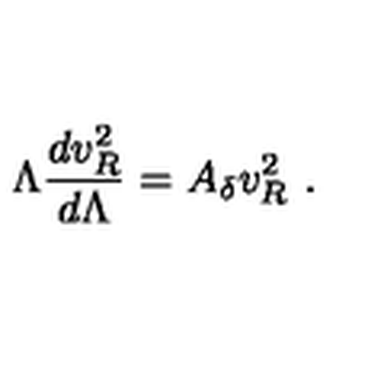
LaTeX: \Lambda \frac { d v _ { R } ^ { 2 } } { d \Lambda } = A _ { \delta } v _ { R } ^ { 2 } \ .